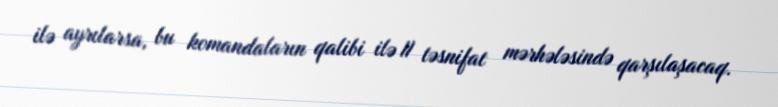
ilə ayrılarsa, bu komandaların qalibi ilə II təsnifat mərhələsində qarşılaşacaq.